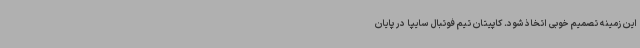
این زمینه تصمیم خوبی اتخاذ شود. کاپیتان تیم فوتبال سایپا در پایان